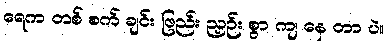
ရေက တစ် စက် ချင်း ဖြည်း ညှဉ်း စွာ ကျ နေ တာ ပဲ။